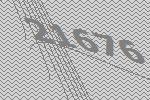
21676